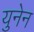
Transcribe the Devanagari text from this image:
युनेन